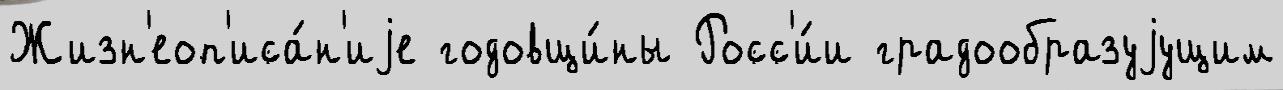
Жизн'еоп'иса́н'иjе годовщи́ны Росс'и́и градообразуjущим